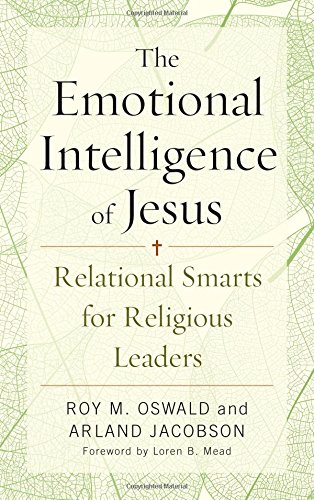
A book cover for The Emotional Intelligence of Jesus: Relational Smarts for Religious Leaders; Roy M. Oswald; Christian Books & Bibles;